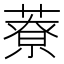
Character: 𦼔